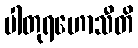
ပါတုရဟောသီတိ